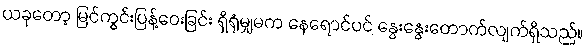
ယခုတော့ မြင်ကွင်းပြန့်ဝေးခြင်း ရှိရုံမျှမက နေရောင်ပင် နွေးနွေးတောက်လျက်ရှိသည်။